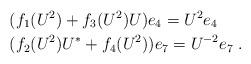
LaTeX: \begin{align*}& (f_1(U^2)+f_3(U^2)U)e_4=U^2 e_4\\&(f_2(U^2)U^*+ f_4(U^2))e_7=U^{-2}e_7\; .\end{align*}